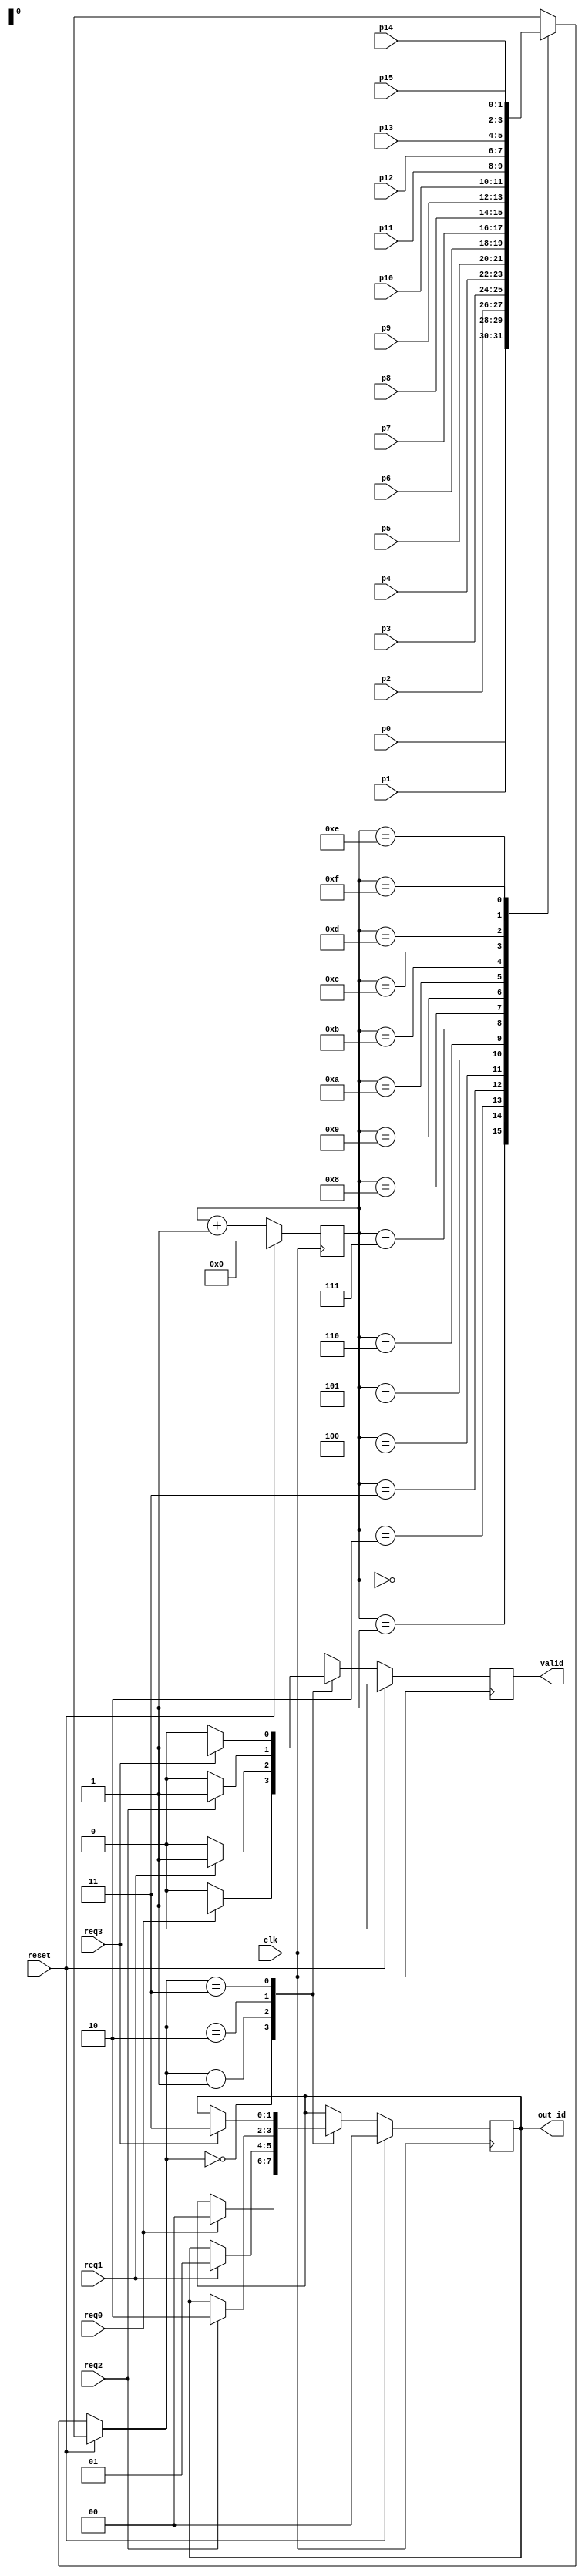
module RoundRobin
(
  input reset,
  input req0,
  input req1,
  input req2,
  input req3,
  input [1:0] p0,
  input [1:0] p1,
  input [1:0] p2,
  input [1:0] p3,
  input [1:0] p4,
  input [1:0] p5,
  input [1:0] p6,
  input [1:0] p7,
  input [1:0] p8,
  input [1:0] p9,
  input [1:0] p10,
  input [1:0] p11,
  input [1:0] p12,
  input [1:0] p13,
  input [1:0] p14,
  input [1:0] p15,
   
  input clk,
  output reg valid,
  output reg [1:0] out_id

);

wire [1:0] priority[15:0];

assign priority[0] = p0;
assign priority[1] = p1;
assign priority[2] = p2;
assign priority[3] = p3;
assign priority[4] = p4;
assign priority[5] = p5;
assign priority[6] = p6;
assign priority[7] = p7;
assign priority[8] = p8;
assign priority[9] = p9;
assign priority[10] = p10;
assign priority[11] = p11;
assign priority[12] = p12;
assign priority[13] = p13;
assign priority[14] = p14;
assign priority[15] = p15;

reg [3:0] counter;

// assign valid=0;
// assign out_id = 2'b00;
// assign counter =3'b000;

always @ (posedge clk)
begin
  if (reset) begin

    counter <= 0;
    valid <= 0;
    out_id <= 00;
    end else begin
      case (priority[counter])
        2'b00:
              if (req0) begin
                out_id <= 00;
                valid<=1;
              end else begin
                valid<=0;
              end
        2'b01:
              if (req1) begin
                out_id <= 01;
                valid<=1;
              end else begin
                valid<=0;
              end
        2'b10:
              if (req2) begin
                out_id <= 10;
                valid<=1;
              end else begin
                valid<=0;
              end
        2'b11:
              if (req3) begin
                out_id <= 11;
                valid<=1;
              end else begin
                valid<=0;
              end
      endcase
      counter <= counter + 1;
      end


end

endmodule